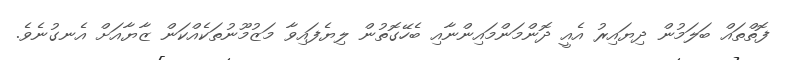
ފޮތްތައް ބަލަމުން ދިޔައިރު އެއީ ދޮންމަންމައިންނާއި ބެހޭގޮތުން ލިޔެފައިވާ މަޒުމޫނުތަކެއްކަން ޒާޔާއަށް އެނގުނެވެ.